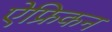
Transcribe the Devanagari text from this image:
ऐफ्रिकन